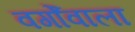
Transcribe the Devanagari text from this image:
वर्गोंवाला